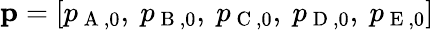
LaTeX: \textbf{p}=\left[p_{\mathrm{~A~},0},\ p_{\mathrm{~B~},0},\ p_{\mathrm{~C~},0},\ p_{\mathrm{~D~},0},\ p_{\mathrm{~E~},0}\right]